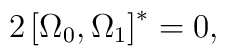
2\left[ \Omega _{0},\Omega _{1}\right] ^{*}=0,